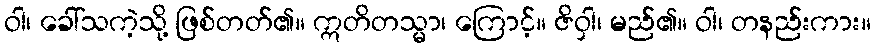
ဝါ၊ ခေါ်သကဲ့သို့ ဖြစ်တတ်၏။ ဣတိတသ္မာ၊ ကြောင့်။ ဇိဝှါ၊ မည်၏။ ဝါ၊ တနည်းကား။